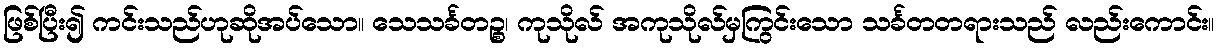
ဖြစ်ပြီး၍ ကင်းသည်ဟုဆိုအပ်သော။ သေသင်္ခတဉ္စ၊ ကုသိုလ် အကုသိုလ်မှကြွင်းသော သင်္ခတတရားသည် လည်းကောင်း။